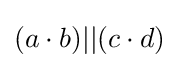
(a\cdot b)\vert \vert (c\cdot d)